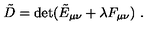
\tilde { D } = \det ( \tilde { E } _ { \mu \nu } + \lambda F _ { \mu \nu } ) \ .